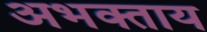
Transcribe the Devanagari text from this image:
अभक्ताय